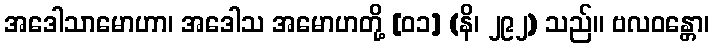
အဒေါသာမောဟာ၊ အဒေါသ အမောဟတို့ [၀၁] (နိ၊ ၂၉၂) သည်။ ဗလဝန္တော၊